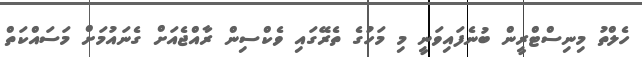
ހެލްތު މިނިސްޓްރީން ބުނެފައިވަނީ މި މަހުގެ ތެރޭގައި ވެކްސިން ރާއްޖެއަށް ގެނައުމަށް މަސައްކަތް